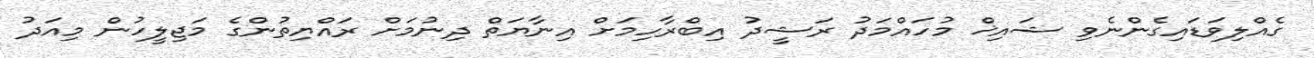
ގެއްލިވަޑައިގެންނެވި ޝައިޚް މުހައްމަދު ރަޝީދު އިބްރާހިމަށް އިނާޔަތް ދިނުމަށް ރައްޔިތުންގެ މަޖިލީހުން މިއަދު